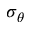
\sigma _ { \theta }